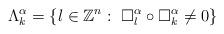
LaTeX: \begin{align*}\Lambda_k^{\alpha}=\{l\in \mathbb{Z}^n:~\Box_l^{\alpha}\circ\Box_k^{\alpha}\neq 0\}\end{align*}